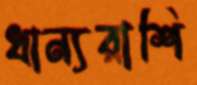
ধান্যরাশি